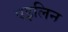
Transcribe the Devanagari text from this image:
एइलिन